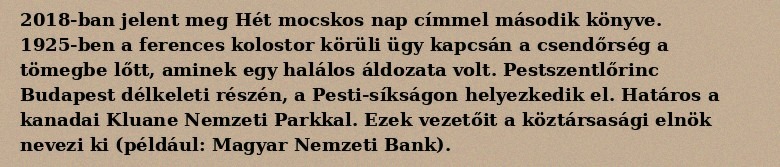
2018-ban jelent meg Hét mocskos nap címmel második könyve. 1925-ben a ferences kolostor körüli ügy kapcsán a csendőrség a tömegbe lőtt, aminek egy halálos áldozata volt. Pestszentlőrinc Budapest délkeleti részén, a Pesti-síkságon helyezkedik el. Határos a kanadai Kluane Nemzeti Parkkal. Ezek vezetőit a köztársasági elnök nevezi ki (például: Magyar Nemzeti Bank).